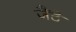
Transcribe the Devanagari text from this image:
जैंटे